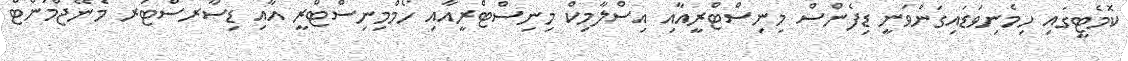
ކޮމެޓީގައި ހިމެނިވަޑައިގަންވަނީ ޑިފެންސް މިނިސްޓްރީއާއި އިސްލާމިކް މިނިސްޓްރީއާއި ހޯމްމިނިސްޓްރީ އާއި ޑިސާރސްޓަރ މެނޭޖްމަންޓް